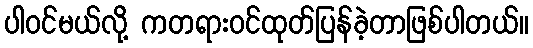
ပါဝင်မယ်လို့ ကတရားဝင်ထုတ်ပြန်ခဲ့တာဖြစ်ပါတယ်။